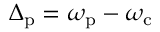
\Delta _ { \mathrm { p } } = \omega _ { \mathrm { p } } - \omega _ { \mathrm { c } }